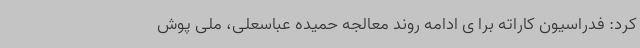
کرد: فدراسیون کاراته برا ی ادامه روند معالجه حمیده عباسعلی، ملی پوش